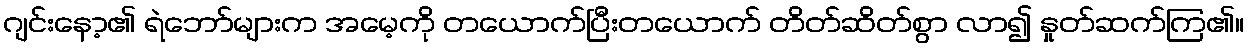
ဂျင်းနော့၏ ရဲဘော်များက အမေ့ကို တယောက်ပြီးတယောက် တိတ်ဆိတ်စွာ လာ၍ နှုတ်ဆက်ကြ၏။